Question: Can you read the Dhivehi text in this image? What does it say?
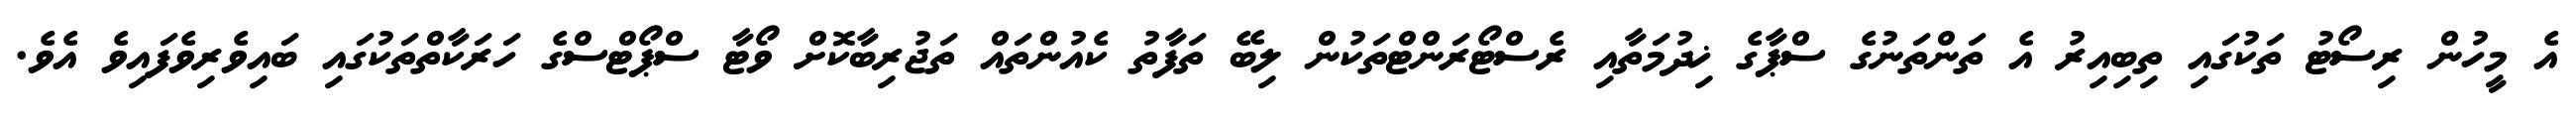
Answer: އެ މީހުން ރިސޯޓު ތަކުގައި ތިބިއިރު އެ ތަންތަނުގެ ސްޕާގެ ޚިދުމަތާއި ރެސްޓޯރަންޓްތަކުން ލިބޭ ތަފާތު ކެއުންތައް ތަޖުރިބާކޮށް ވޯޓާ ސްޕޯޓްސްގެ ހަރަކާތްތަކުގައި ބައިވެރިވެފައިވެ އެވެ.